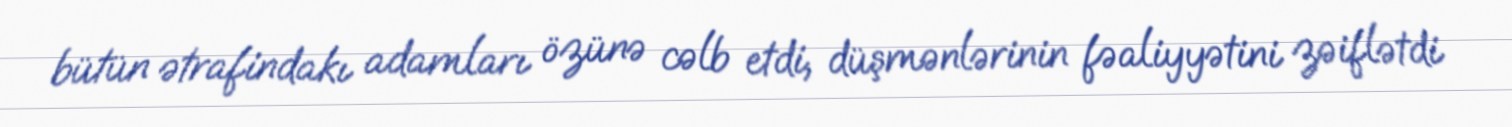
bütün ətrafindakı adamları özünə cəlb etdi, düşmənlərinin fəaliyyətini zəiflətdi